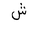
Letter: _shin